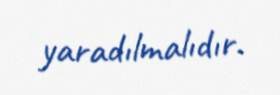
yaradılmalıdır.